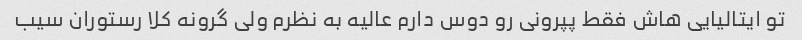
تو ایتالیایی هاش فقط پپرونی رو دوس دارم عالیه به نظرم ولی گرونه کلا رستوران سیب